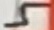
Text: 5